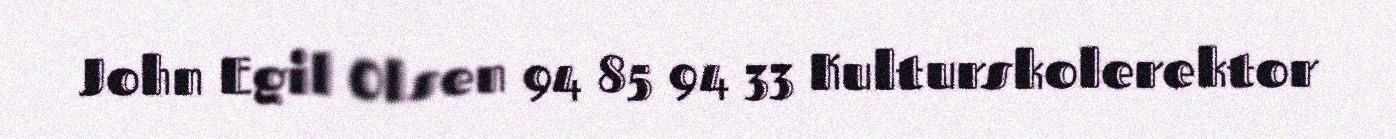
John Egil Olsen 94 85 94 33 Kulturskolerektor